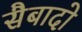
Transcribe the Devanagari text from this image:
सैबादो